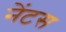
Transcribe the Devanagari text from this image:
नेंटस